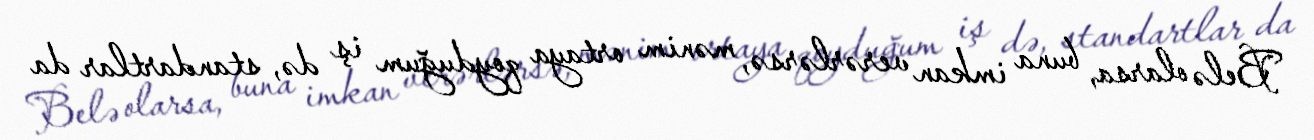
Belə olarsa, buna imkan verərlərsə, mənim ortaya qoyduğum iş də, standartlar da